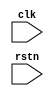
// File ifchain.vhd translated with vhd2vl v2.0 VHDL to Verilog RTL translator
// Copyright (C) 2001 Vincenzo Liguori - Ocean Logic Pty Ltd - http://www.ocean-logic.com
// Modifications (C) 2006 Mark Gonzales - PMC Sierra Inc
// 
// vhd2vl comes with ABSOLUTELY NO WARRANTY
// ALWAYS RUN A FORMAL VERIFICATION TOOL TO COMPARE VHDL INPUT TO VERILOG OUTPUT 
// 
// This is free software, and you are welcome to redistribute it under certain conditions.
// See the license file license.txt included with the source for details.


module test(
clk,
rstn
);

input clk, rstn;

wire   clk;
wire   rstn;


wire [3:0] a;
wire [3:0] b;
reg  status;

  always @(posedge clk) begin
    if({b[1] ,a[3:2] } == 3'b 001) begin
      status <= 1'b 1;
    end
  end


endmodule